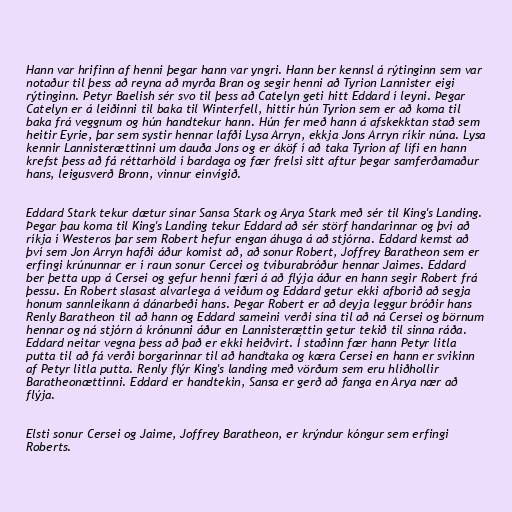
Hann var hrifinn af henni þegar hann var yngri. Hann ber kennsl á rýtinginn sem var
notaður til þess að reyna að myrða Bran og segir henni að Tyrion Lannister eigi
rýtinginn. Petyr Baelish sér svo til þess að Catelyn geti hitt Eddard í leyni. Þegar
Catelyn er á leiðinni til baka til Winterfell, hittir hún Tyrion sem er að koma til
baka frá veggnum og hún handtekur hann. Hún fer með hann á afskekktan stað sem
heitir Eyrie, þar sem systir hennar lafði Lysa Arryn, ekkja Jons Arryn ríkir núna. Lysa
kennir Lannisterættinni um dauða Jons og er áköf í að taka Tyrion af lífi en hann
krefst þess að fá réttarhöld í bardaga og fær frelsi sitt aftur þegar samferðamaður
hans, leigusverð Bronn, vinnur einvígið.

Eddard Stark tekur dætur sínar Sansa Stark og Arya Stark með sér til King's Landing.
Þegar þau koma til King's Landing tekur Eddard að sér störf handarinnar og því að
ríkja í Westeros þar sem Robert hefur engan áhuga á að stjórna. Eddard kemst að
því sem Jon Arryn hafði áður komist að, að sonur Robert, Joffrey Baratheon sem er
erfingi krúnunnar er í raun sonur Cercei og tvíburabróður hennar Jaimes. Eddard
ber þetta upp á Cersei og gefur henni færi á að flýja áður en hann segir Robert frá
þessu. En Robert slasast alvarlega á veiðum og Eddard getur ekki afborið að segja
honum sannleikann á dánarbeði hans. Þegar Robert er að deyja leggur bróðir hans
Renly Baratheon til að hann og Eddard sameini verði sína til að ná Cersei og börnum
hennar og ná stjórn á krónunni áður en Lannisterættin getur tekið til sinna ráða.
Eddard neitar vegna þess að það er ekki heiðvirt. Í staðinn fær hann Petyr litla
putta til að fá verði borgarinnar til að handtaka og kæra Cersei en hann er svikinn
af Petyr litla putta. Renly flýr King's landing með vörðum sem eru hliðhollir
Baratheonættinni. Eddard er handtekin, Sansa er gerð að fanga en Arya nær að
flýja.

Elsti sonur Cersei og Jaime, Joffrey Baratheon, er krýndur kóngur sem erfingi
Roberts.